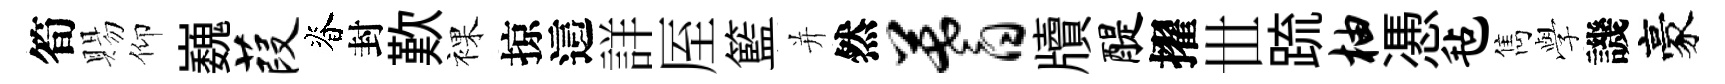
筍賜仰巍葭脊封歎裸掠這詳厔籃并然蓍牘醍擢𠀍䟽柚慿毡雋𫝯譏豪